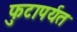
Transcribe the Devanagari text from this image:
फुटापर्यत